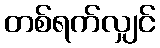
တစ်ရက်လျှင်